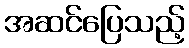
အဆင်ပြေသည့်